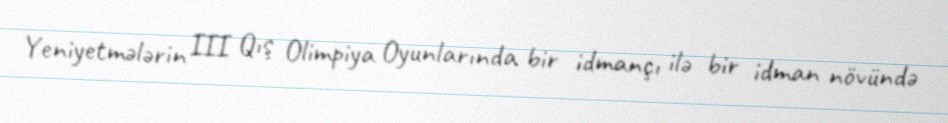
Yeniyetmələrin III Qış Olimpiya Oyunlarında bir idmançı ilə bir idman növündə